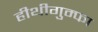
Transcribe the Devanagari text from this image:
हीथीगुम्फा